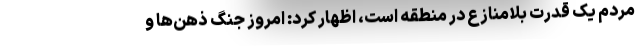
مردم یک قدرت بلامنازع در منطقه است، اظهار کرد: امروز جنگ ذهن‌ها و